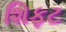
શિફટ